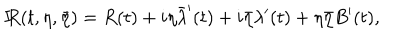
{ I \! \! R } ( t , \eta , \bar { \eta } ) = R ( t ) + i \eta \bar { \lambda } ^ { \prime } ( t ) + i \bar { \eta } \lambda ^ { \prime } ( t ) + \eta \bar { \eta } B ^ { \prime } ( t ) ,